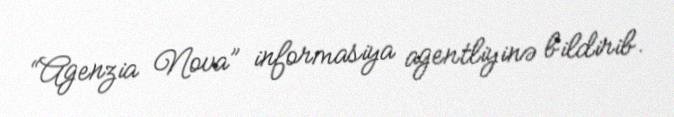
“Agenzia Nova” informasiya agentliyinə bildirib.